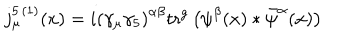
j _ { \mu } ^ { 5 \, ( 1 ) } ( x ) = i \left( \gamma _ { \mu } \gamma _ { 5 } \right) ^ { \alpha \beta } \mathrm { t r ^ { g } } \left( \psi ^ { \beta } ( x ) * \bar { \psi } ^ { \alpha } ( x ) \right)